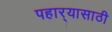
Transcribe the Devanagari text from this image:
पहार्‍यासाठी